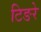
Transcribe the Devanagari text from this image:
टिङरे